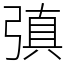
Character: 㣀